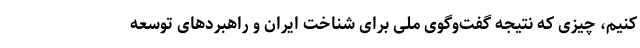
کنیم، چیزی که نتیجه گفت‌و‌گوی ملی برای شناخت ایران و راهبردهای توسعه